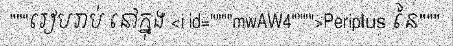
"""រៀបរាប់ នៅក្នុង <i id=""""mwAW4"""">Periplus នៃ"""